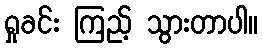
ရှုခင်း ကြည့် သွားတာပါ။